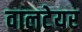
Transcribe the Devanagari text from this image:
वालटेयर